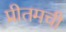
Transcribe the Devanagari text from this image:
प्रीतमची